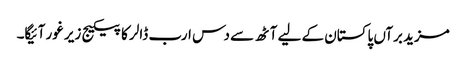
مزید برآں پاکستان کے لیے آٹھ سے دس ارب ڈالر کا پیکیج زیر غور آئیگا۔